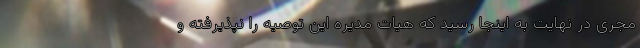
مجری در نهایت به اینجا رسید که هیات مدیره این توصیه را نپذیرفته و